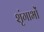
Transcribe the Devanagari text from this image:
शृंगाभों